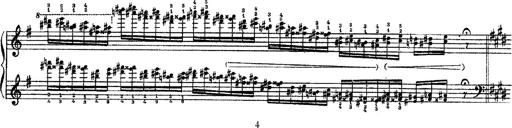
Title: 3 sonetti di Petrarca
Composer: Franz Liszt